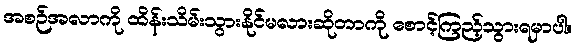
အစဉ်အလာကို ထိန်းသိမ်းသွားနိုင်မလားဆိုတာကို စောင့်ကြည့်သွားရမှာပါ။